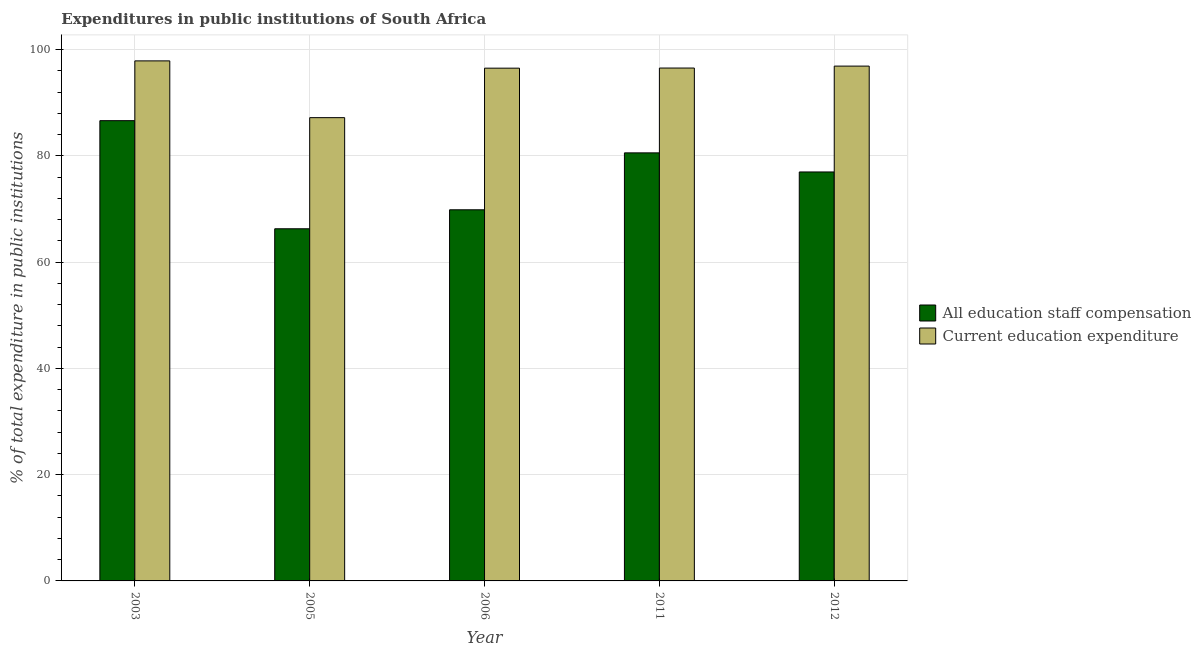
| Year | All education staff compensation | Current education expenditure |
 | --- | --- | --- |
 | 2003 | 86.6 | 97.9 |
 | 2005 | 66.3 | 87.2 |
 | 2006 | 69.8 | 96.5 |
 | 2011 | 80.6 | 96.5 |
 | 2012 | 77 | 96.9 |